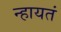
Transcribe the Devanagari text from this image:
न्हायतं